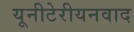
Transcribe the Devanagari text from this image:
यूनीटेरीयनवाद